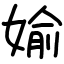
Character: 媮